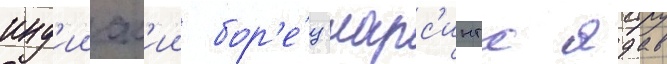
инд'ииск'ии бор'е́ц нарс'ингх ядав